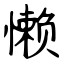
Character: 懒